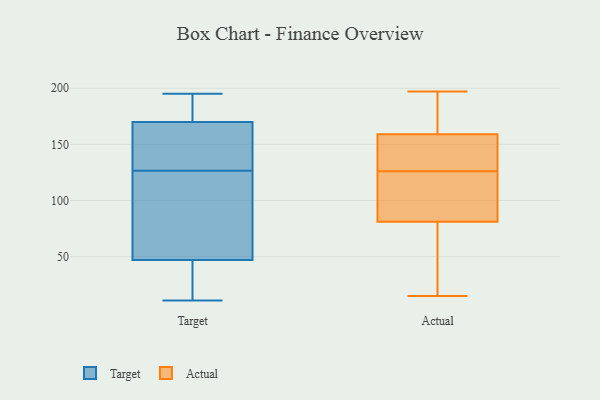
{"axis": {"x": "Latency (ms)", "y": "Value"}, "legend": ["Actual", "Target"], "data": [{"x": "", "y": 195, "type": "Target"}, {"x": "", "y": 51, "type": "Target"}, {"x": "", "y": 47, "type": "Target"}, {"x": "", "y": 159, "type": "Target"}, {"x": "", "y": 94, "type": "Target"}, {"x": "", "y": 161, "type": "Target"}, {"x": "", "y": 181, "type": "Target"}, {"x": "", "y": 11, "type": "Target"}, {"x": "", "y": 26, "type": "Target"}, {"x": "", "y": 170, "type": "Target"}, {"x": "", "y": 15, "type": "Actual"}, {"x": "", "y": 90, "type": "Actual"}, {"x": "", "y": 135, "type": "Actual"}, {"x": "", "y": 197, "type": "Actual"}, {"x": "", "y": 104, "type": "Actual"}, {"x": "", "y": 134, "type": "Actual"}, {"x": "", "y": 77, "type": "Actual"}, {"x": "", "y": 31, "type": "Actual"}, {"x": "", "y": 188, "type": "Actual"}, {"x": "", "y": 113, "type": "Actual"}, {"x": "", "y": 159, "type": "Actual"}, {"x": "", "y": 185, "type": "Actual"}, {"x": "", "y": 81, "type": "Actual"}, {"x": "", "y": 132, "type": "Actual"}, {"x": "", "y": 25, "type": "Actual"}, {"x": "", "y": 145, "type": "Actual"}, {"x": "", "y": 120, "type": "Actual"}, {"x": "", "y": 181, "type": "Actual"}]}